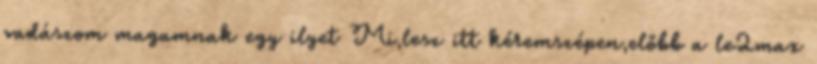
vadászom magamnak egy ilyet Mi,lesz itt kéremszépen,előbb a le2max